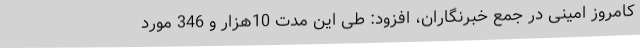
کامروز امینی در جمع خبرنگاران، افزود: طی این مدت 10هزار و 346 مورد